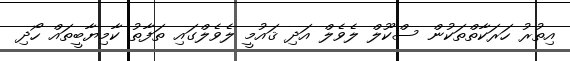
އިތުރު ހަރަކާތްތަކުން ސްކޫލް ލެވެލް އަދި ޤައުމީ ލެވެލްގައި ތަފާތު ކާމިޔާބީތައް ހޯދި